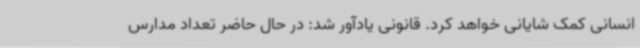
انسانی کمک شایانی خواهد کرد. قانونی یادآور شد: در حال حاضر تعداد مدارس